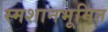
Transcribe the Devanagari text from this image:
स्मशानभूमित